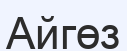
Айгөз